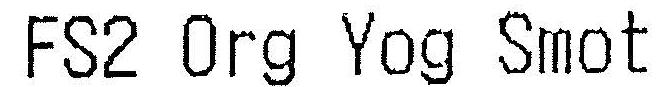
FS2 ORG YOG SMOT